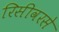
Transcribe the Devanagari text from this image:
रिसीवरसे